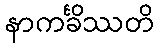
နာကင်္ခိဿတိ